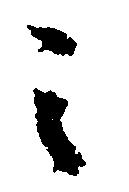
之